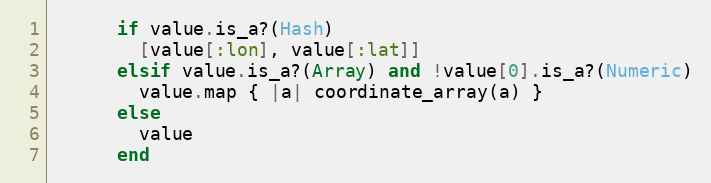
Language: Ruby
      if value.is_a?(Hash)
        [value[:lon], value[:lat]]
      elsif value.is_a?(Array) and !value[0].is_a?(Numeric)
        value.map { |a| coordinate_array(a) }
      else
        value
      end